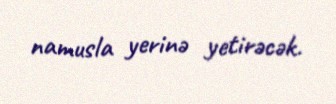
namusla yerinə yetirəcək.